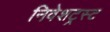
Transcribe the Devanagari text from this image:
निवेशट्रस्ट